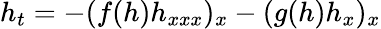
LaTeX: h_{t}=-(f(h)h_{xxx})_{x}-(g(h)h_{x})_{x}